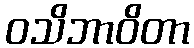
ဝသိဘာဝိတာ